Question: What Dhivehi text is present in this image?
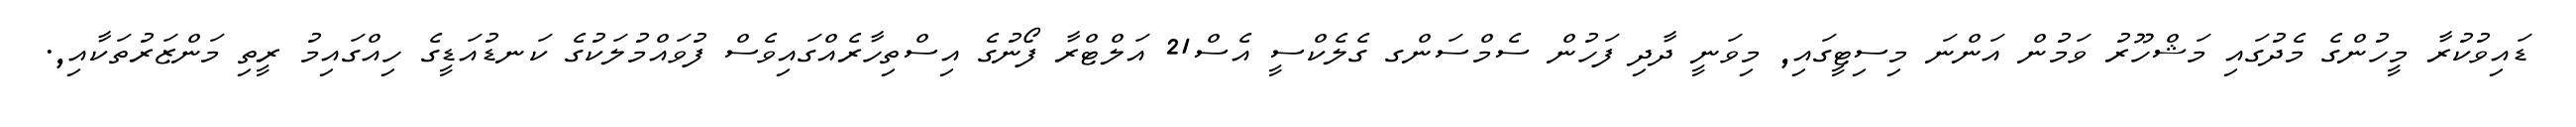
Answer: ޑައިވުކުރާ މީހުންގެ މެދުގައި މަޝްހޫރު ވަމުން އަންނަ މިސިޓީގައި, މިވަނީ ދާދި ފަހުން ސެމްސަންގ ގެލެކްސީ އެސް21 އަލްޓްރާ ފޯނުގެ އިސްތިހާރެއްގައިވެސް ފުވައްމުލަކުގެ ކަނޑުއަޑީގެ ހިއްގައިމު ރީތި މަންޒަރުތަކާއި,.